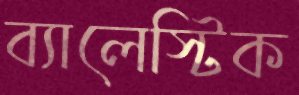
ব্যালেস্টিক